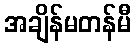
အချိန်မတန်မီ